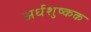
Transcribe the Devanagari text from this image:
अर्धशुष्कक